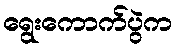
ရွေးကောက်ပွဲက